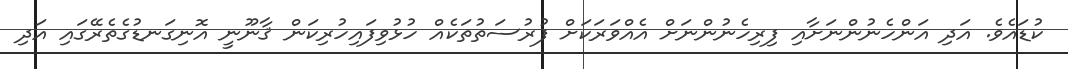
ކުޑައެވެ. އަދި އަންހެނުންނަށާއި ފިރިހެނުންނަށް އެއްވަރަކަށް ފުރުސަތުތަކެއް ހުޅުވިފައިހުރިކަން ޤާނޫނީ އޮނިގަނޑުގެތެރޭގައި އަދި